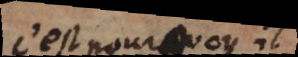
C’est pourquoy il